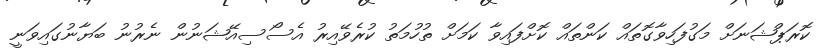
ކޮރަޕްޝަނަށް މަގުފަހިވާގޮތައް ކަންތައް ކޮށްފައިވާ ކަމަށް ތުހުމަތު ކުރެވޭއިރު އެސޯސިއޭޝަނުން ނެރުނު ބަޔާނުގައިވަނީ